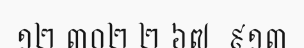
១២.៣០២ ២ ៦៧. ៩១៣